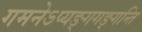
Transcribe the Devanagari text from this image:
गमनेऽप्यङ्गगङ्गन्ति